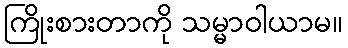
ကြိုးစားတာကို သမ္မာဝါယာမ။